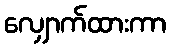
လျှောက်ထားကာ